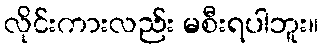
လိုင်းကားလည်း မစီးရပါဘူး။